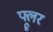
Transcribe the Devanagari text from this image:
फ्लूर